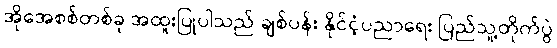
အိုအေစစ်တစ်ခု အထူးပြုပါသည် ချစ်ပန်း နိုင်ငံ့ပညာရေး ပြည်သူ့တိုက်ပွဲ